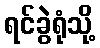
ရင်ခွဲရုံသို့